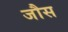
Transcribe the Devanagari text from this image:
जौस